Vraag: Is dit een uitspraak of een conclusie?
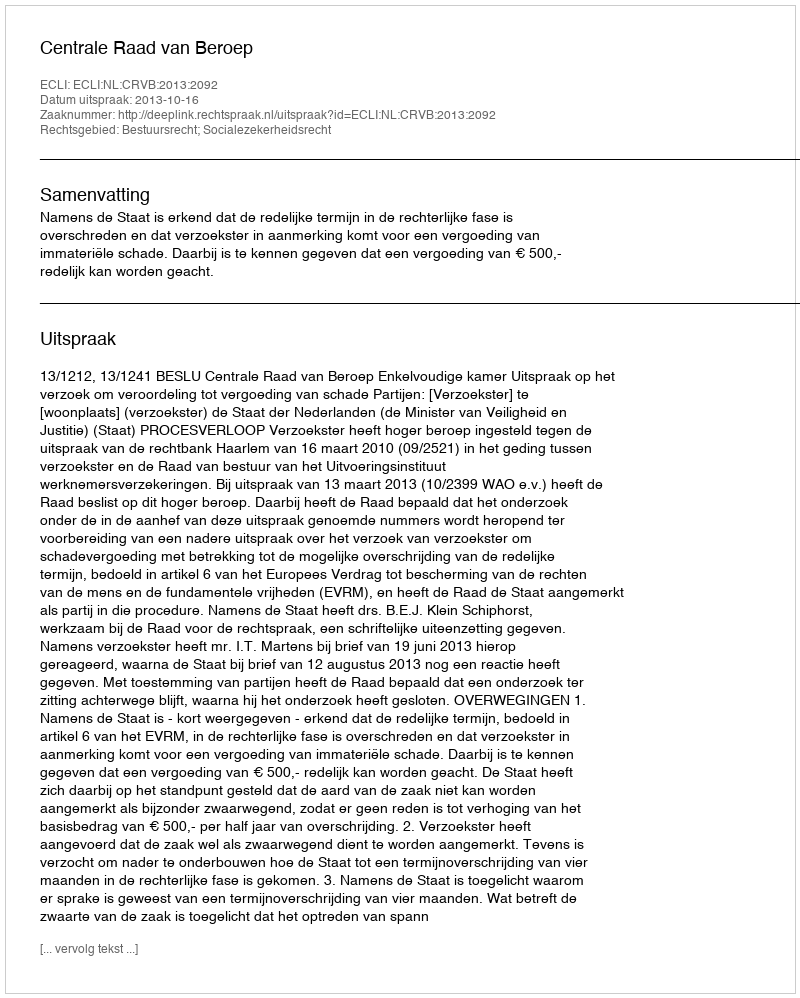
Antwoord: Uitspraak